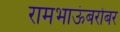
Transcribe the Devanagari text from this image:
रामभाऊंबरोबर